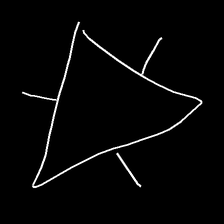
Glyph: fire